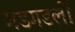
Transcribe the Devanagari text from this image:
गडगडलो